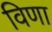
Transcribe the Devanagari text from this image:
विणा